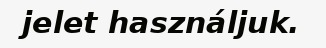
jelet használjuk.